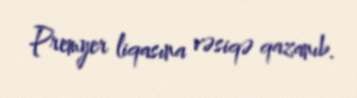
Premyer liqasına vəsiqə qazanıb.